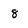
Character: 8